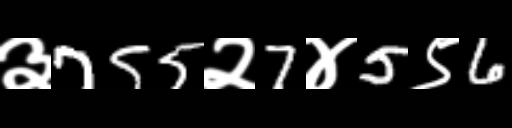
Text: ३755२7४5९6